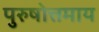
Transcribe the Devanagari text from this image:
पुरुषोत्तमाय